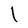
Character: l